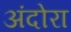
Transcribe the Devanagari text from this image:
अंदोरा